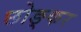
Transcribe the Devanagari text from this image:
छोङ्कर